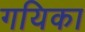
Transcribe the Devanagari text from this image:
गयिका